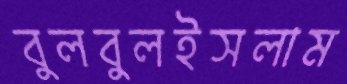
বুলবুলইসলাম